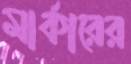
মার্কারের